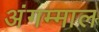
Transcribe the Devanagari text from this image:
अंगम्माल